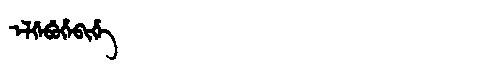
Manchu: ᡝᠯᡤᡝᠪᡠᡥᡝᠪᡳᡥᡝ
Romanization: ELGEBUHEBIHE